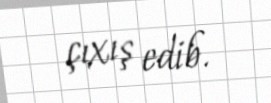
çıxış edib.